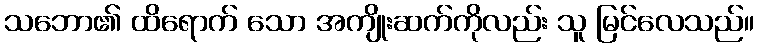
သဘော၏ ထိရောက် သော အကျိုးဆက်ကိုလည်း သူ မြင်လေသည်။